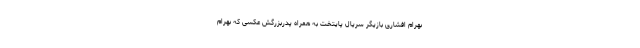
بهرام افشاری بازیگر سریال پایتخت به همراه پدربزرگش عکسی که بهرام